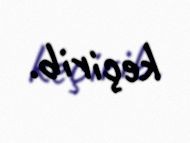
keçirib.